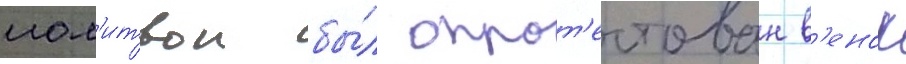
мол'итвои бы́л опрот'естован в'енок